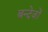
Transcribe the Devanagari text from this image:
बन्देजों